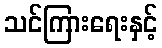
သင်ကြားရေးနှင့်